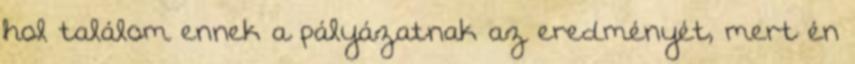
hol találom ennek a pályázatnak az eredményét, mert én